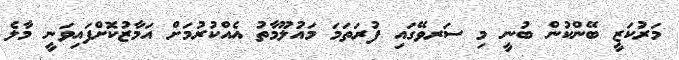
މަރުކަޒީ ބޭންކުން ބުނީ މި ސަރވޭގައި ފުރަތަމަ މައުލޫމާތު އެއްކުރުމަށް އަމާޒުކޮށްފައިވަނީ މާލެ